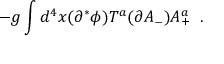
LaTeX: - g \int d ^ { 4 } x ( \partial ^ { * } \phi ) T ^ { a } ( \partial A _ { - } ) A _ { + } ^ { a } \; \; .